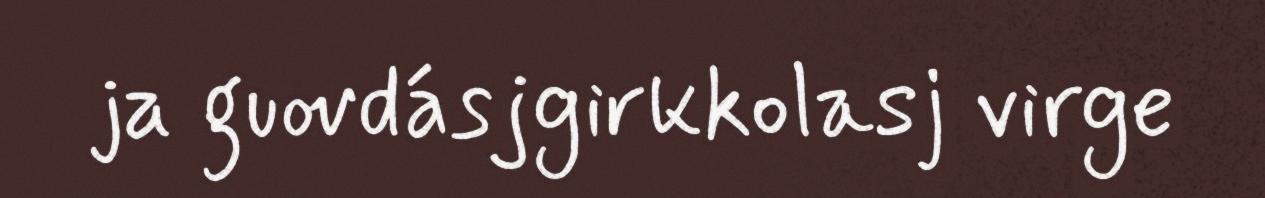
ja guovdásjgirkkolasj virge